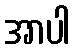
အာပါ